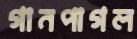
গানপাগল